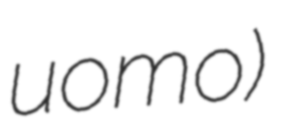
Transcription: uomo)